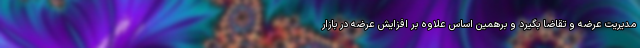
مدیریت عرضه و تقاضا بگیرد و برهمین اساس علاوه بر افزایش عرضه در بازار